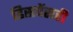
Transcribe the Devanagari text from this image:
डिसपेंसरी